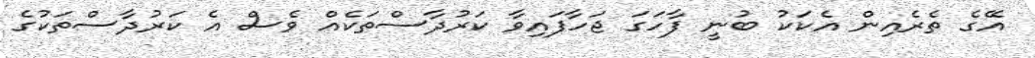
އޭގެ ތެރެއިން އެކަކު ބުނީ ފާހަގަ ޖަހާފައިވާ ކަރުދާސްތަކެއް ވެސް އެ ކަރުދާސްތަކުގެ